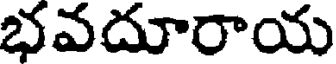
భవదూరాయ